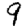
Digit: 9